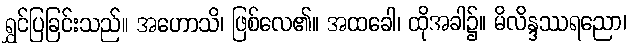
ရွှင်ပြခြင်းသည်။ အဟောသိ၊ ဖြစ်လေ၏။ အထခေါ၊ ထိုအခါ၌။ မိလိန္ဒဿရညော၊